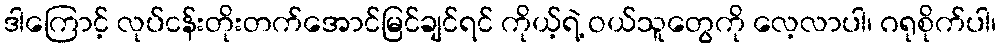
ဒါကြောင့် လုပ်ငန်းတိုးတက်အောင်မြင်ချင်ရင် ကိုယ့်ရဲ့ ဝယ်သူတွေကို လေ့လာပါ၊ ဂရုစိုက်ပါ၊